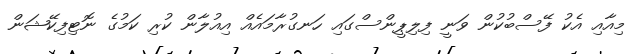
މިއާއި އެކު ފޭސްބުކުން ވަނީ ފިލިޕީންސްގައި ހަނގުރާމައެއް އިއުލާން ކުރި ކަމުގެ ނޮޓިފިކޭޝަން